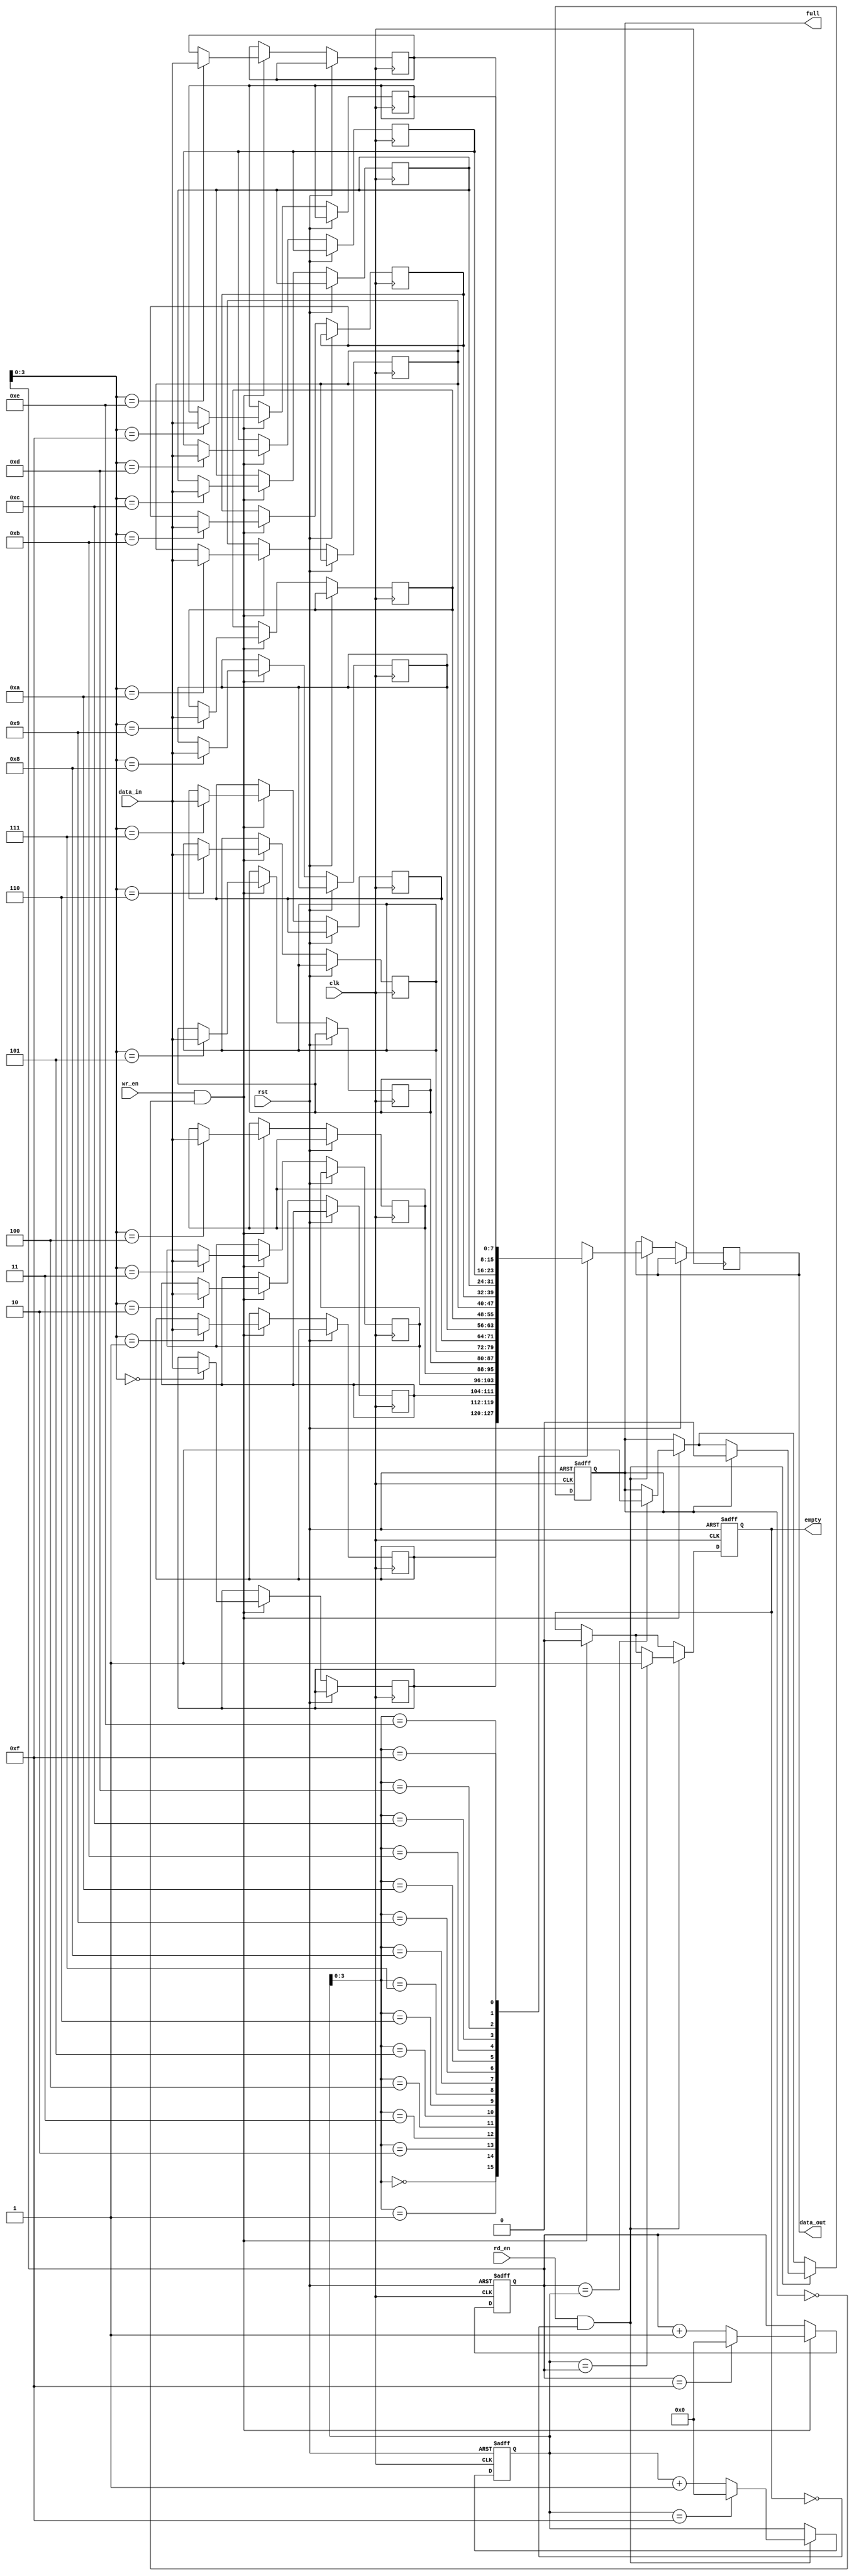
module fifo
#(
    parameter WIDTH = 8,
    parameter DEPTH = 16
)
(
    input wire clk,
    input wire rst,
    input wire wr_en,
    input wire rd_en,
    input wire [WIDTH-1:0] data_in,
    output reg [WIDTH-1:0] data_out,
    output reg full,
    output reg empty
);

reg [WIDTH-1:0] memory [DEPTH-1:0];
reg [WIDTH-1:0] read_pointer;
reg [WIDTH-1:0] write_pointer;

always @(posedge clk or posedge rst)
begin
    if (rst)
    begin
        read_pointer <= 0;
        write_pointer <= 0;
        full <= 0;
        empty <= 1;
    end
    else
    begin
        if (wr_en && !full)
        begin
            memory[write_pointer] <= data_in;
            write_pointer <= write_pointer + 1;
            if (write_pointer == DEPTH - 1)
                write_pointer <= 0;
            if (write_pointer == read_pointer)
                full <= 1;
            if (empty)
                empty <= 0;
        end
        
        if (rd_en && !empty)
        begin
            data_out <= memory[read_pointer];
            read_pointer <= read_pointer + 1;
            if (read_pointer == DEPTH - 1)
                read_pointer <= 0;
            if (read_pointer == write_pointer)
                empty <= 1;
            if (full)
                full <= 0;
        end
    end
end
endmodule